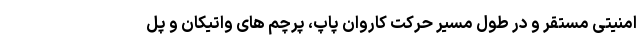
امنیتی مستقر و در طول مسیر حرکت کاروان پاپ، پرچم های واتیکان و پل